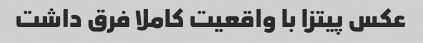
عکس پیتزا با واقعیت کاملا فرق داشت